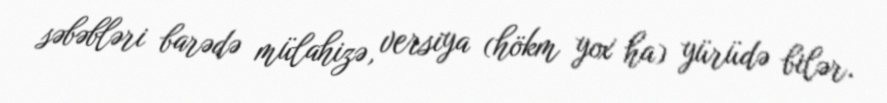
səbəbləri barədə mülahizə, versiya (hökm yox ha) yürüdə bilər.